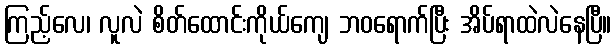
ကြည့်လေ၊ လူလဲ စိတ်ထောင်းကိုယ်ကျေ ဘဝရောက်ပြီး အိပ်ရာထဲလဲနေပြီ။